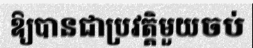
ឱ្យបានជាប្រវត្តិមួយចប់